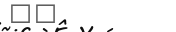
١٣